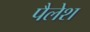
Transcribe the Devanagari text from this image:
पैलेश